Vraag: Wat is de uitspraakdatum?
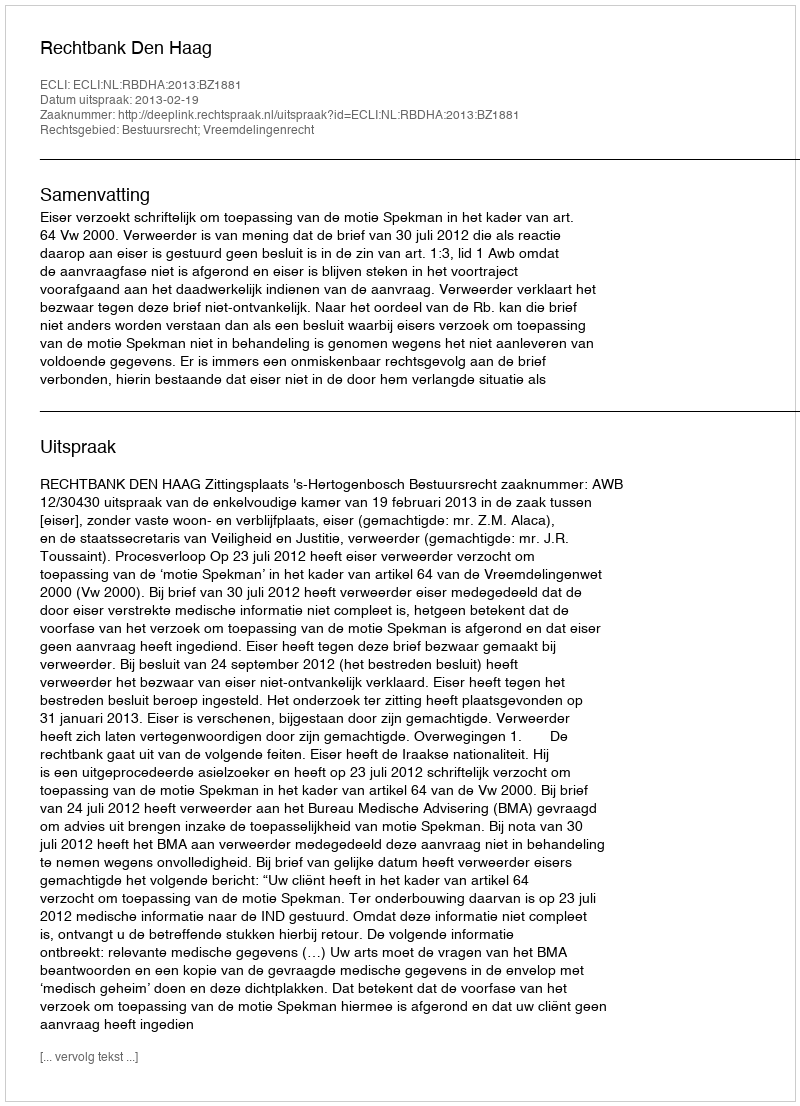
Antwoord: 2013-02-19